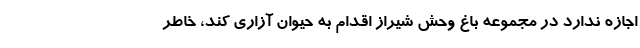
اجازه ندارد در مجموعه باغ وحش شیراز اقدام به حیوان آزارى کند، خاطر